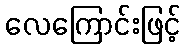
လေကြောင်းဖြင့်